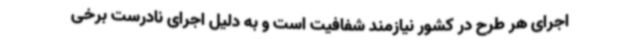
اجرای هر طرح در کشور نیازمند شفافیت است و به دلیل اجرای نادرست برخی